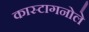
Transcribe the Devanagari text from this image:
कास्टागनोले